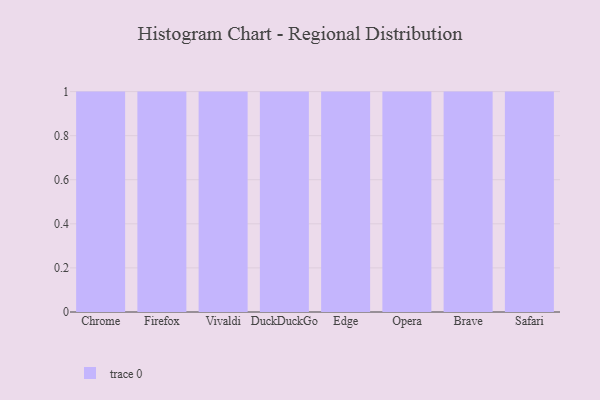
{"axis": {"x": "Browser", "y": "Waste Production (Tons)"}, "legend": [""], "data": [{"x": "Chrome", "y": 19, "type": ""}, {"x": "Firefox", "y": 62, "type": ""}, {"x": "Vivaldi", "y": 63, "type": ""}, {"x": "DuckDuckGo", "y": 16, "type": ""}, {"x": "Edge", "y": 94, "type": ""}, {"x": "Opera", "y": 84, "type": ""}, {"x": "Brave", "y": 55, "type": ""}, {"x": "Safari", "y": 34, "type": ""}]}